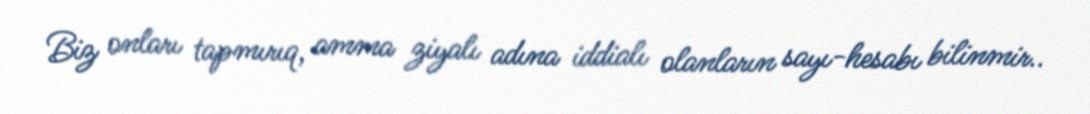
Biz onları tapmırıq, amma ziyalı adına iddialı olanların sayı-hesabı bilinmir..